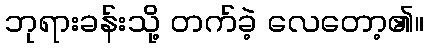
ဘုရားခန်းသို့ တက်ခဲ့ လေတော့၏။